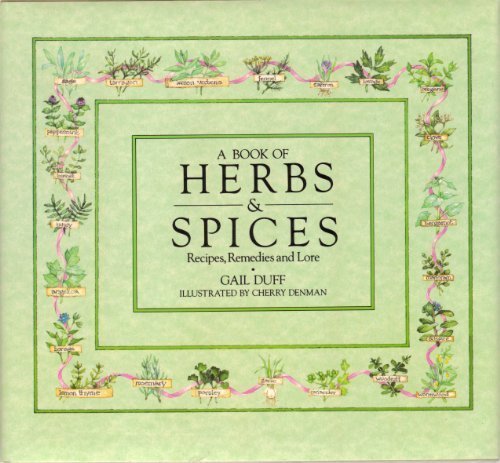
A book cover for A Book of Herbs & Spices: Recipes, Remedies and Lore; Gail Duff; Crafts, Hobbies & Home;